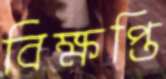
বিক্ষপ্তি